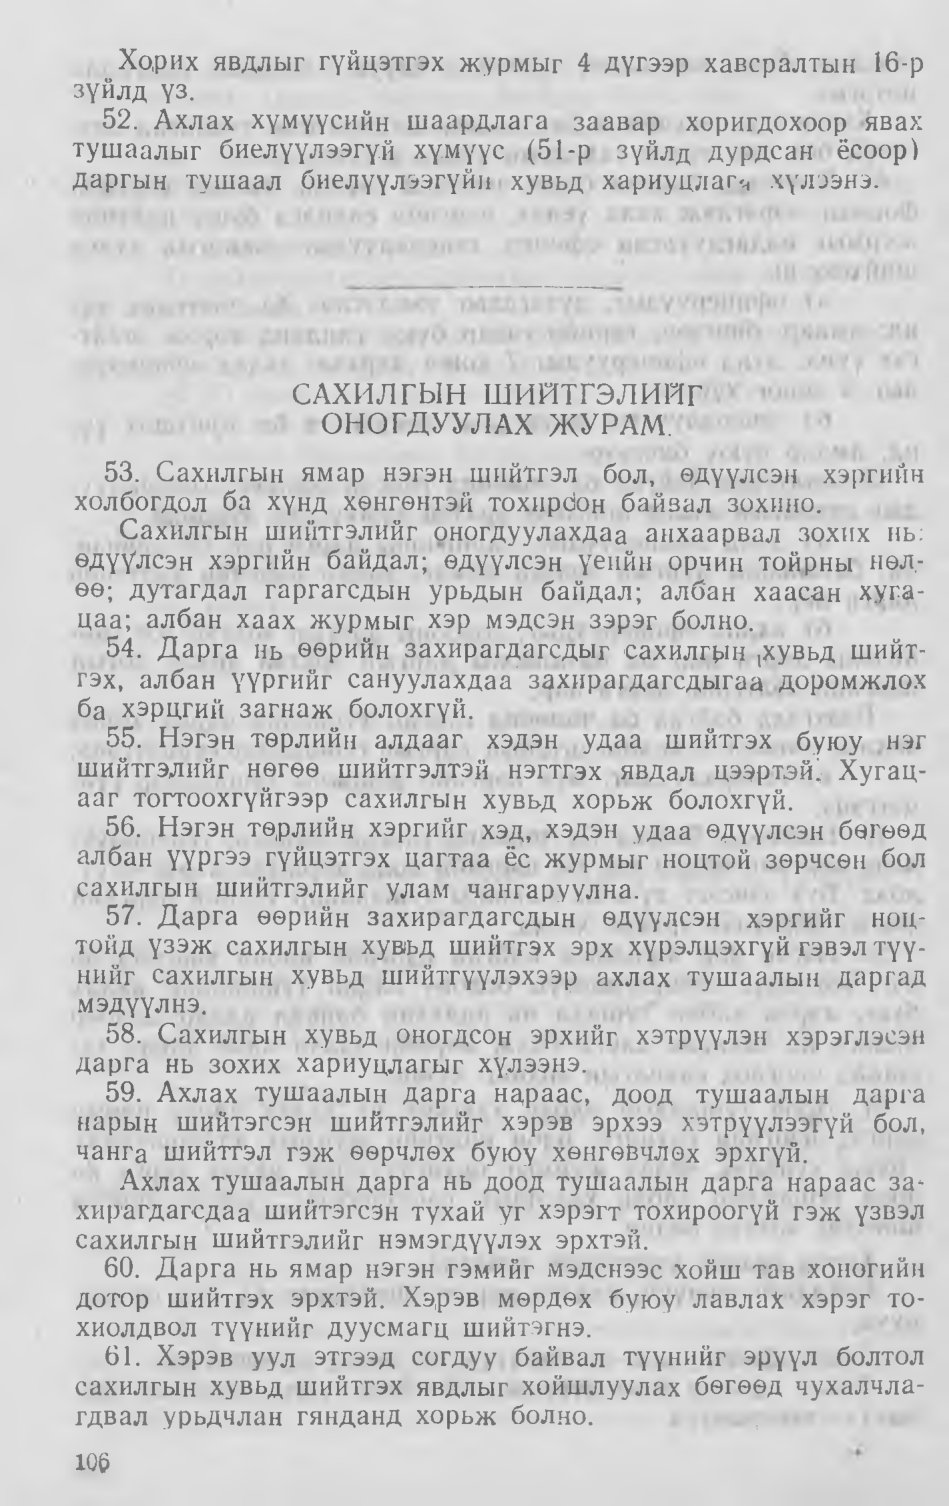
Language: mn